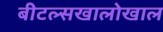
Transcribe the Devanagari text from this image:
बीटल्सखालोखाल